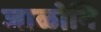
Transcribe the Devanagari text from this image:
जाळोनि